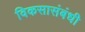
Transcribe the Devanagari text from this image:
विकसासंबंधी